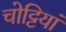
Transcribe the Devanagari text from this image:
चोट्टियां